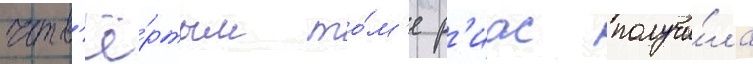
четв'ё́ртом то́м'е р'иас получи́ла